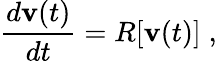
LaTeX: \frac{d{\mathbf v}(t)}{dt}=R[{\mathbf v}(t)]\; ,